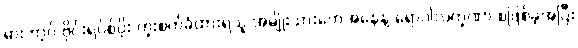
မားဘာ့ဂ် ဗိုင်းရပ်စ်ပိုး ကူးစက်ခံထားရသူ အမျိုးသားတွေအနေနဲ့ ရောဂါလက္ခဏာ စဖြစ်ခဲ့အပြီး